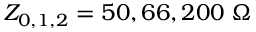
Z _ { 0 , 1 , 2 } = 5 0 , 6 6 , 2 0 0 \; \Omega